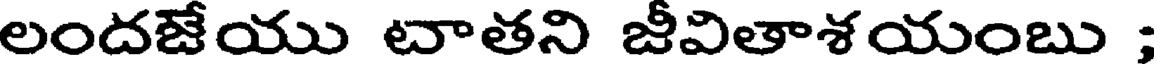
లందజేయు టాతని జీవితాశయంబు ;